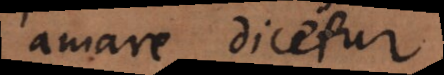
amare dicetur,